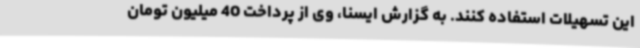
این تسهیلات استفاده کنند. به گزارش ایسنا، وی از پرداخت 40 میلیون تومان